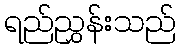
ရည်ညွှန်းသည်